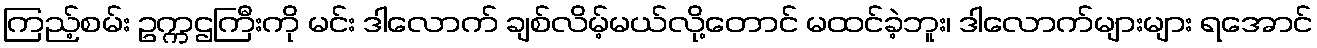
ကြည့်စမ်း ဥက္ကဌကြီးကို မင်း ဒါလောက် ချစ်လိမ့်မယ်လို့တောင် မထင်ခဲ့ဘူး၊ ဒါလောက်များများ ရအောင်